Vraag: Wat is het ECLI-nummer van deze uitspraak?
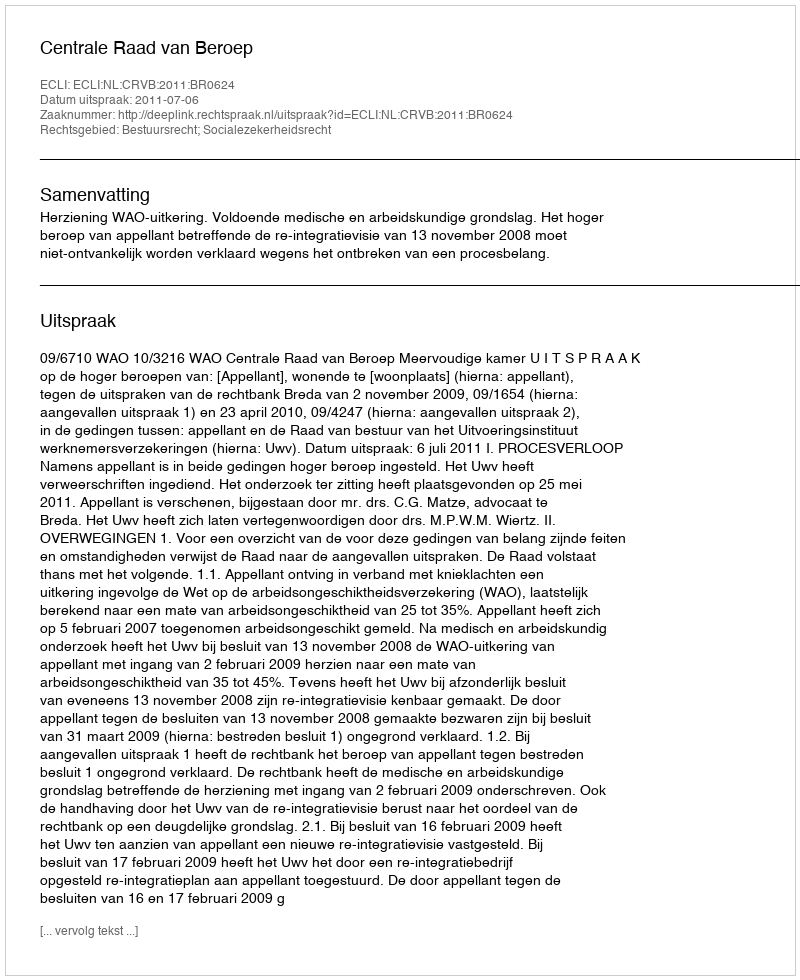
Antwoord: ECLI:NL:CRVB:2011:BR0624